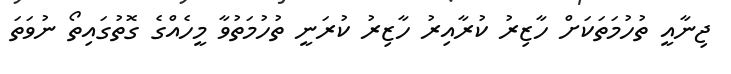
ޖިނާއީ ތުހުމަތަކަށް ހާޒިރު ކުރާއިރު ހާޒިރު ކުރަނީ ތުހުމަތުވާ މީހެއްގެ ގޮތުގައިތޯ ނުވަތަ